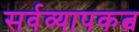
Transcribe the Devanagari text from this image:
सर्वव्यापकत्व